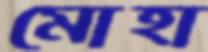
মোহা